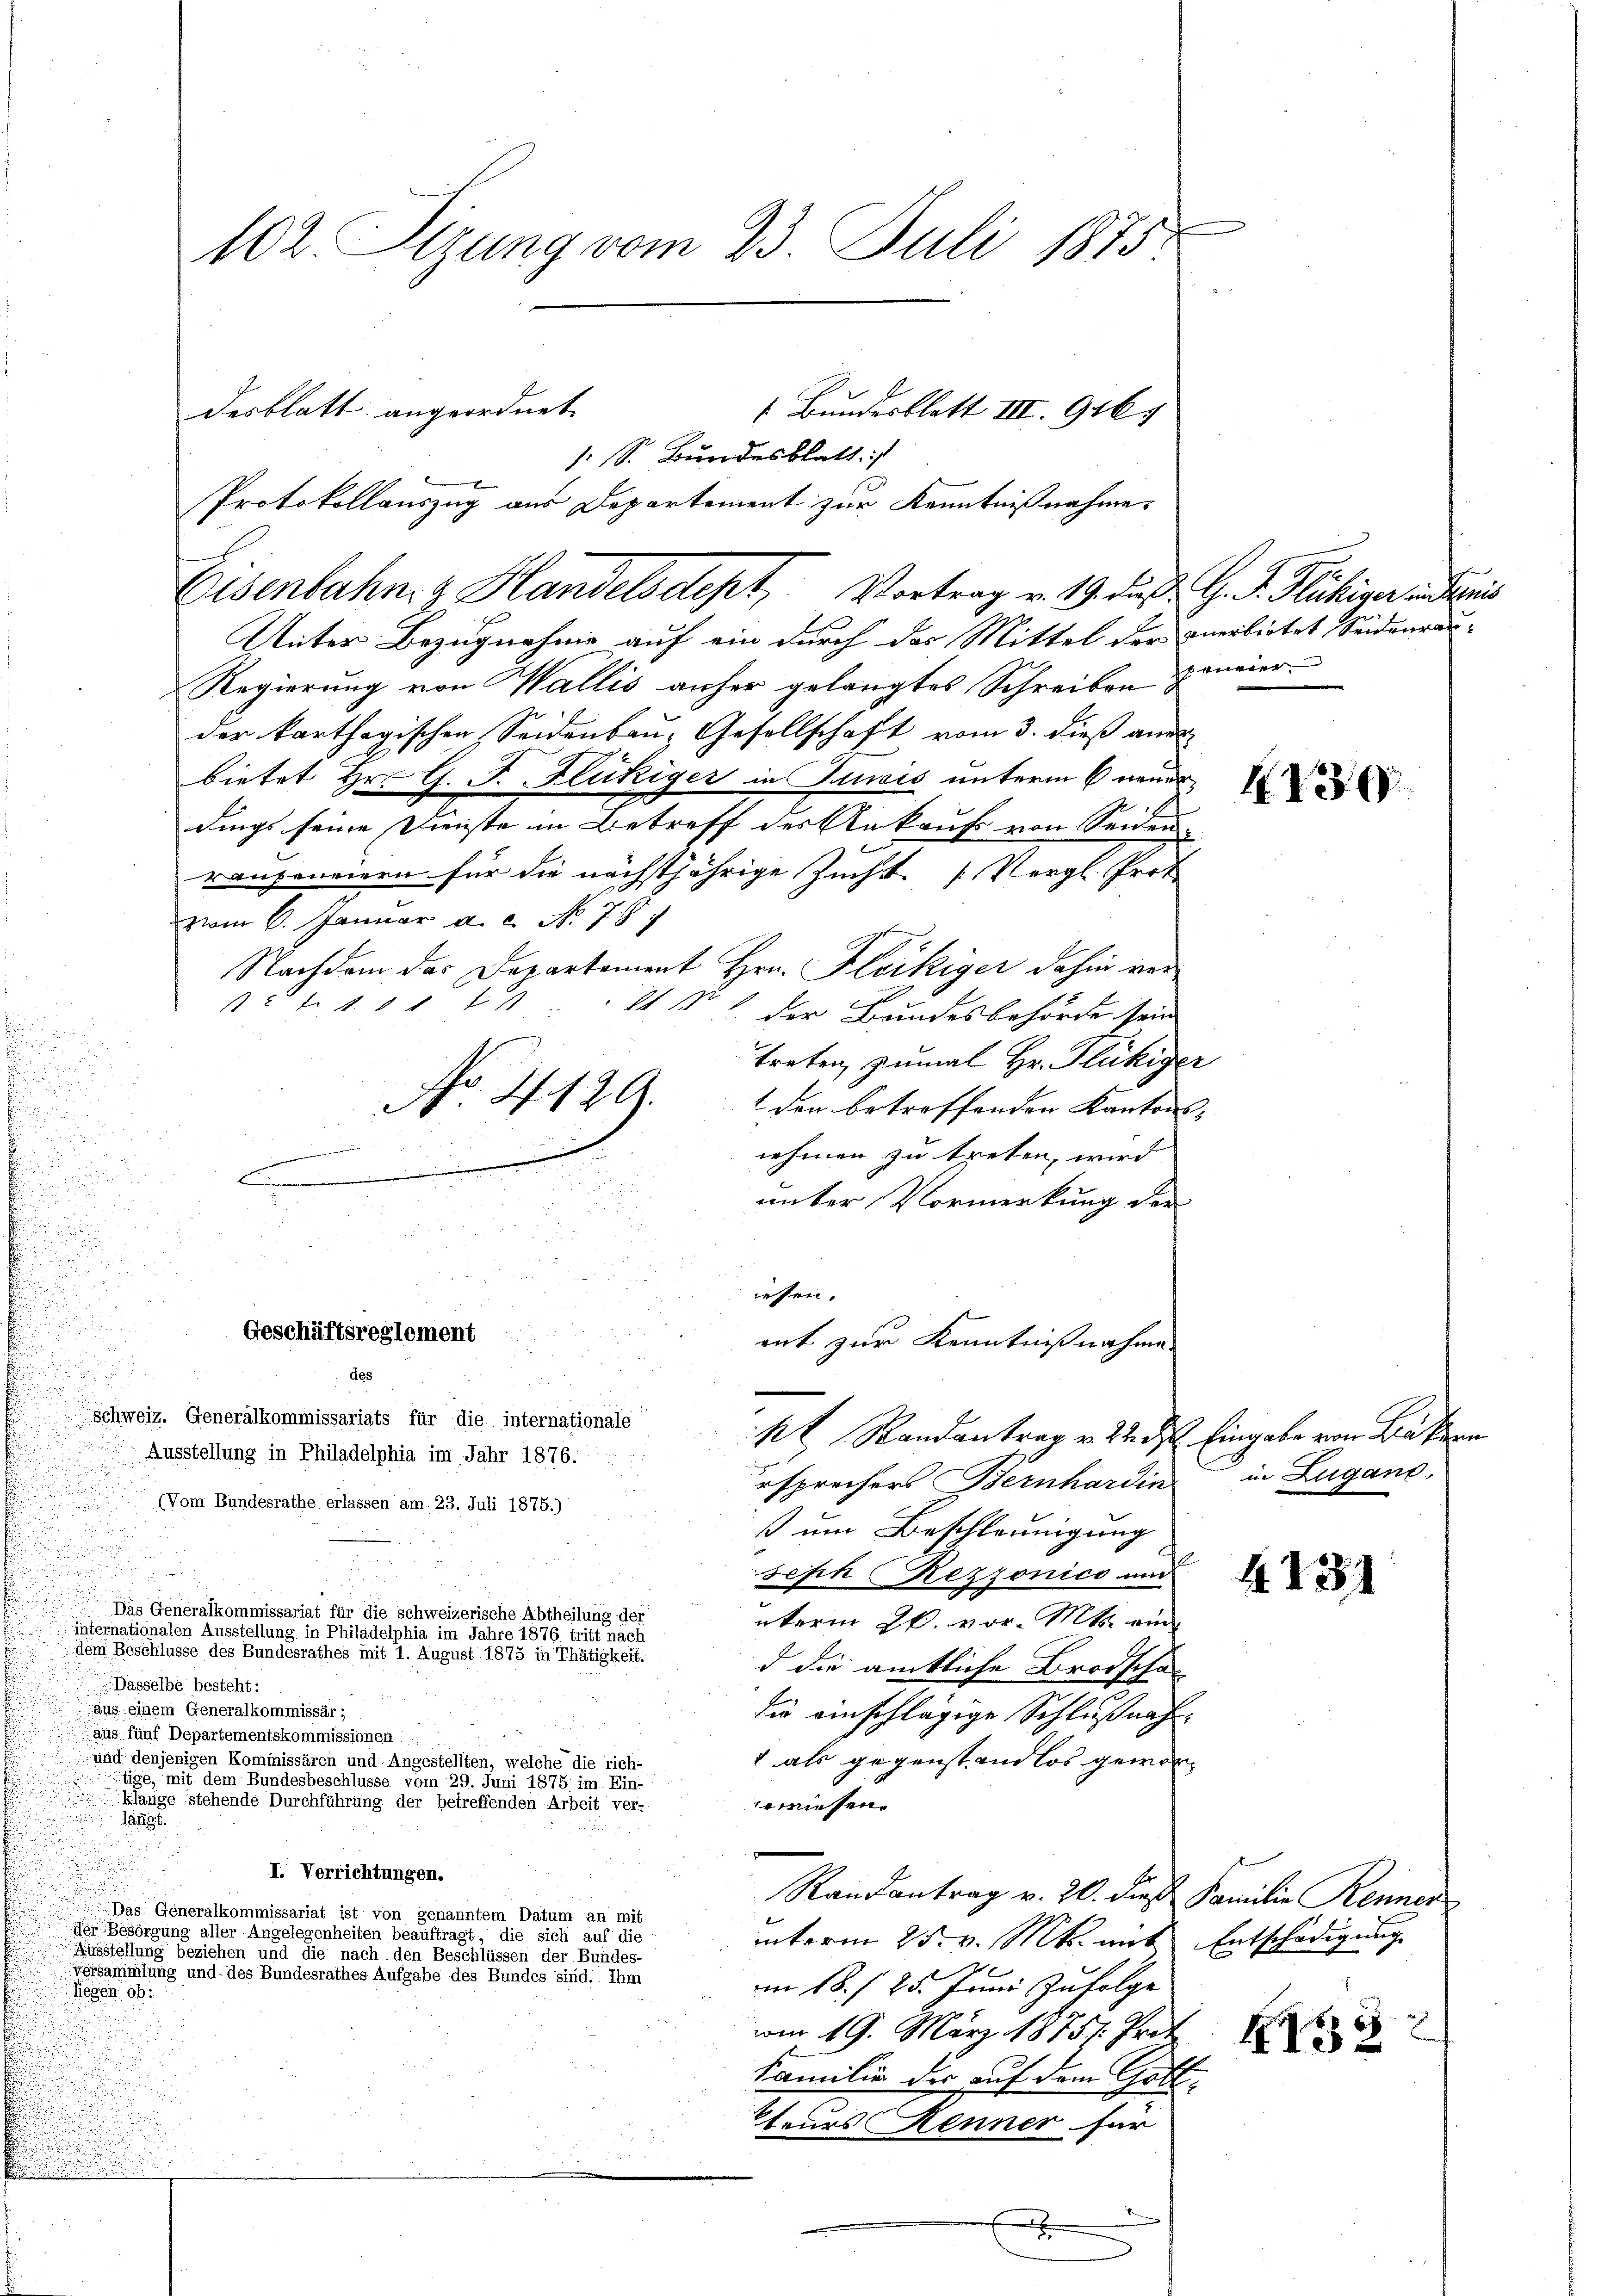
: S. Bundesblatt, ist
Protokollauszug aus Departement zur Kenntnißnahme
Unter Bezugnahme auf ein durch das Mittel der anerbietet Seidenrau-
Regierung von Wallis anher gelangtes Schreiben zweier
der karthogischen Seidenbau, Gesellschaft vom 3. dieß aner
bietet Hr. G. J. Flückiger in Junis unterm 6 nur
dings seine Dienste in Betreff des Ankaufs von Seiden.
ranzoneiern für die nächstjährige Zucht. (Vergl. Prof
vom 6. Januar a. c. No 78
Nachdem das Departement Hrn. Fleckiger dahin ver
t
s 2 t S. 81 f
der Bundesbehörde sein
treten, zumal Hr. Flückiger
No 4129.
1 den betreffenden Kantons-
nehmen zu treten, wird
unter Vormerkung der
esen.
Geschäftsreglement
ent zur Kenntnißnahme
des
Schweiz. Generalkommissariats für die internationale
k Randantrag v. 22. d. Eingabe von Bäkern
Ausstellung in Philadelphia im Jahr 1876.
usprechers Bernhardin
(Vom Bundesrathe erlassen am 23. Juli 1875.)
ß um Beschleunigung
seph Rezzonico und
Das Generalkommissariat für die schweizerische Abtheilung der
nterm 26. vor. Mts. ein
internationalen Ausstellung in Philadelphia im Jahre 1876 tritt nac
dem Beschlusse des Bundesrathes einen August 1875 in Thätigkeit.
d die amtliche Brodschau
Dasselbe besteht:
aus einem Generalkommissär ;
die einschlägige Schlußnahaus fünf Departementskommissionen
1 als gegenstandlos gewor¬
und denjenigen Kommissären und Angestellten, welche die rich-
tige, mit dem Bundesbeschlüsse vom 29. Juni 1875 im Ein-
klange stehende Durchführung der betreffenden Arbeit ver-
erwiesen.
e
I. Verrichtungen.
Randantrag v. 20. dieß Familie Renner
Das Generalkommissariat ist von genanntem Datum an mit
der Besorgung aller Angelegenheiten beauftragt, die sich auf die
unterm 25. v. Mts. mit Entschädigung
gung der einen eine an die einen den Berichtungen dieser eine eine
Gersammlung und des Bundesrathes Aufgabe des Bundes sind. Ihm
im 18. 25. Juni zufolge
vom 19. März 18751. Prof.
Familie der auf dem Gott-
Feurs Kenner für
.

102. Stzung vom 23. Juli 1875.

desblatt angeordnet

Eisenbahn z Handelsdept, Vortrag v. 19. die G. P. Michiger andernis

Bundesblatt III. 916

4130

in Zugano,

4131

452